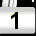
Digit: 1